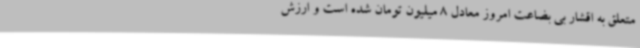
متعلق به اقشار بی بضاعت امروز معادل 8 میلیون تومان شده است و ارزش